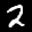
Label: 2